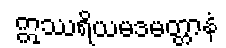
ဣဿရိယမဒမတ္တာနံ